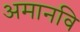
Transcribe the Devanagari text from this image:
अमानवि